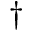
^ \dagger